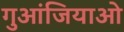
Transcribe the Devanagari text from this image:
गुआंजियाओ